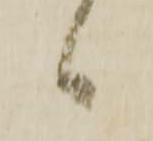
候